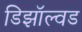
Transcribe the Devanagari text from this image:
डिझॉल्वड